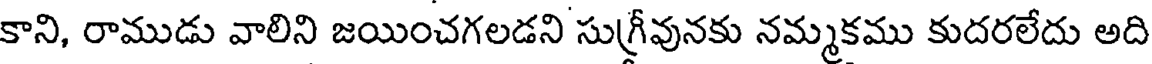
కాని, రాముడు వాలిని జయించగలడని సుగ్రీవునకు నమ్మకము కుదరలేదు అది